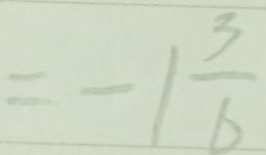
= - 1 \frac { 3 } { 6 }